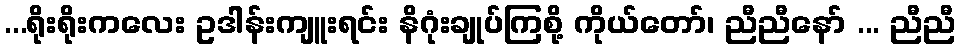
...ရိုးရိုးကလေး ဥဒါန်းကျူးရင်း နိဂုံးချုပ်ကြစို့ ကိုယ်တော်၊ ညီညီနော် ... ညီညီ